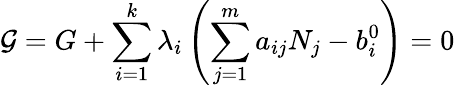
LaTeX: {\mathcal{G}}=G+\sum_{i=1}^{k}\lambda_{i}\left(\sum_{j=1}^{m}a_{ij}N_{j}-b_{i}^{0}\right)=0